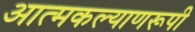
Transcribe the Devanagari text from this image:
आत्मकल्याणरूपी